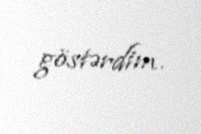
göstərdim.